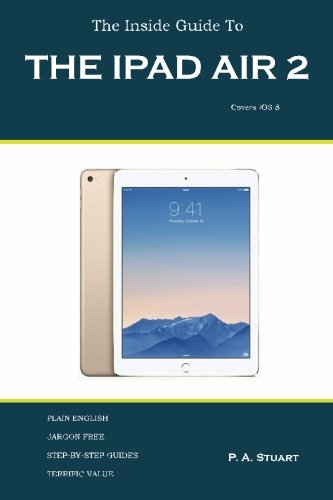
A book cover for The Inside Guide to the iPad Air 2: Covers iOS 8; P A Stuart; Computers & Technology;